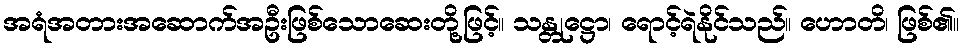
အရံအတားအဆောက်အဦးဖြစ်သောဆေးတို့ဖြင့်။ သန္တုဋ္ဌော၊ ရောင့်ရဲနိုင်သည်။ ဟောတိ၊ ဖြစ်၏။